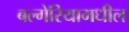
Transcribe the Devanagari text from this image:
बल्गेरियामधील